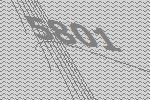
5801